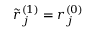
\tilde { r } _ { j } ^ { ( 1 ) } = r _ { j } ^ { ( 0 ) }